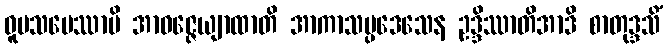
ဝူပသမေဿာမိ အာဝဇ္ဇေယျာထာတိ အာကာသပ္ပဒေသေန ဥဒ္ဒိဿာတိအာဒိ စာတုဒ္ဒသိံ